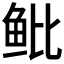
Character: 𱇒